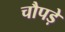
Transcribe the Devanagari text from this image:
चौपड़े